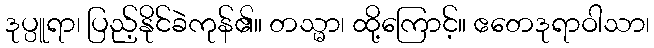
ဒုပ္ပူရာ၊ ပြည့်နိုင်ခဲကုန်၏။ တသ္မာ၊ ထို့ကြောင့်။ ဧတေဒုရာဝါသာ၊